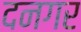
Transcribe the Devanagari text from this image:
दनगर